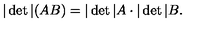
| \det | ( A B ) = | \det | A \cdot | \det | B .